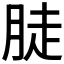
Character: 𦛣